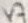
Text: V7